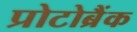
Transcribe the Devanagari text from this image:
प्रोटोब्रैंक